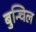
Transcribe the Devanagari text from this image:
बुन्चिल